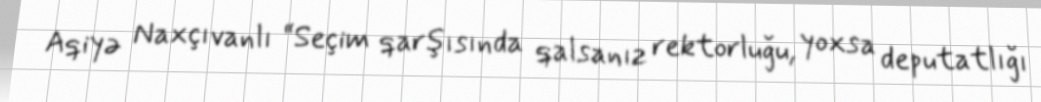
Aqiyə Naxçıvanlı “Seçim qarşısında qalsanız rektorluğu, yoxsa deputatlığı